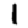
Digit: 1